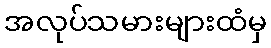
အလုပ်သမားများထံမှ